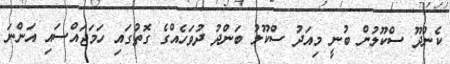
ކެންދޫ ސްކޫލުން ބުނީ މިއަދު ސްކޫލު ބަންދު ދުވަހެއްގެ ގޮތުގައި ހަމަޖައްސައި އަންނަ